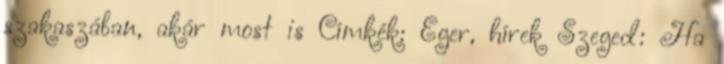
szakaszában, akár most is Címkék: Eger, hírek Szeged: Ha